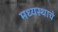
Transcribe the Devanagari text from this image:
मध्यस्थाचे